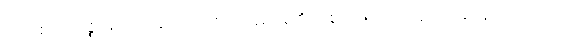
တိကစတုက္ကဇ္ဈာနဝသေန၊ တိက စတုက္ကဈာန်၏ အစွမ်းဖြင့်။ အပ္ပနာဝ၊ အပ္ပနာကိုသာလျှင်။